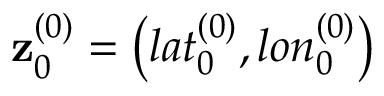
\mathbf { z } _ { 0 } ^ { ( 0 ) } = \left( l a t _ { 0 } ^ { ( 0 ) } , l o n _ { 0 } ^ { ( 0 ) } \right)